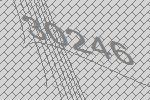
30246